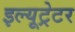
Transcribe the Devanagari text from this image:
इल्यूट्रेटर